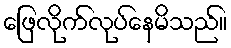
ဖြေလိုက်လုပ်နေမိသည်။